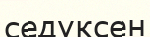
седуксен